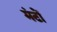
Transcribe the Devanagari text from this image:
मंटों